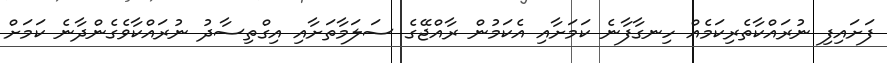
ފަށައިފި ނުރައްކާތެރިކަމެއް ހިނގާފާނެ ކަމަށާއި އެކަމުން ރާއްޖޭގެ ސަލަމާތަށާއި އިގްތިސާދު ނުރައްކާވެގެންދާނެ ކަމަށް